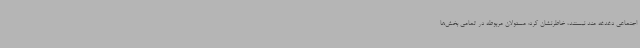
اجتماعی دغدغه مند نیستند، خاطرنشان کرد: مسئولان مربوطه در تمامی بخش‌ها